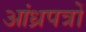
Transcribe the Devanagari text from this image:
आंध्रपत्रों